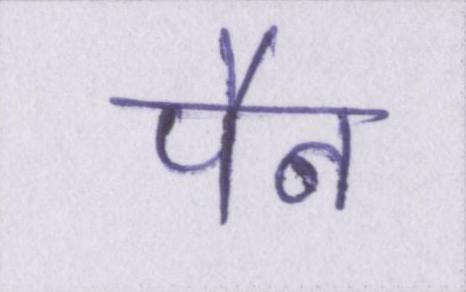
पैन